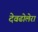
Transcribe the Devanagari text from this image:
देवढोलेरा